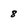
Character: 8